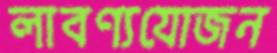
লাবণ্যযোজন